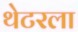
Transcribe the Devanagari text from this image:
थेटरला